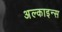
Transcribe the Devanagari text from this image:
अल्काइन्स